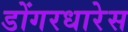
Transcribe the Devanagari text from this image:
डोंगरधारेस